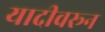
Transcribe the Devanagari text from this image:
यादीवरून